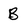
Character: B